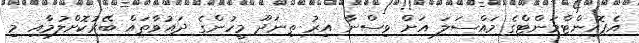
އެޕޮއިންޓްމަންޓްގެ މައްސަލަ އަށް ވިސްނާ އިރު ތިނަދޫ މީހުންގެ ދައުވާތައް ބޭރުކޮށްލުމާއި މި